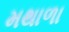
મથાળા